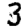
Digit: 3